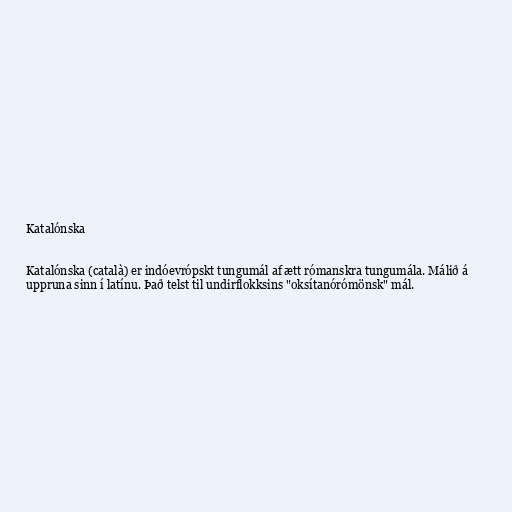
Katalónska

Katalónska (català) er indóevrópskt tungumál af ætt rómanskra tungumála. Málið á
uppruna sinn í latínu. Það telst til undirflokksins "oksítanórómönsk" mál.